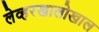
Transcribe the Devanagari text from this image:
लेव्हरखालोखाल